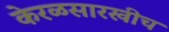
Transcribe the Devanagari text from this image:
केरळसारखीच